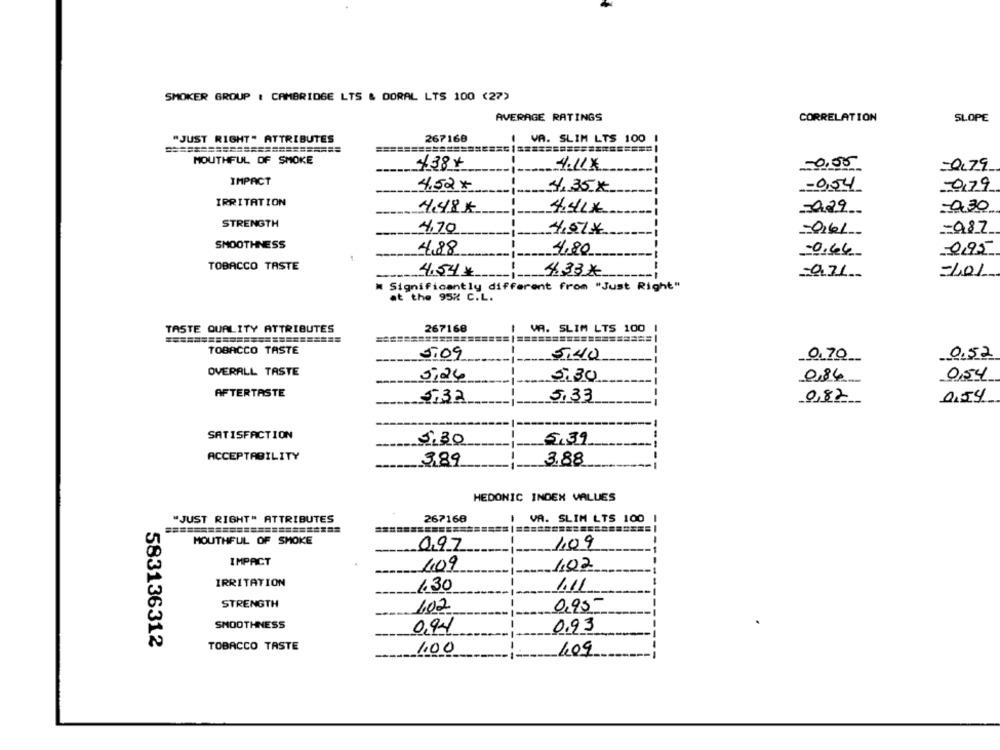
SMOKER GROUP : CAMBRIDGE LTS & DORAL LTS 100 (27)
AVERAGE RATINGS
CORRELATION
SLOPE
"JUST RIGHT" ATTRIBUTES
267168
I VA. SLIM LTS 100 1
========
MOUTHFUL OF SMOKE
438+
-0.05
Q179
4.11€
IMPACT
---
4.52 x
4.35x
=0,54
0,79
-1 ---
IRRITATION
4.48
4.40€
229
030
STRENGTH
4.70
1-
4,974
-0,61
-987
SMOOTHNESS
4,88
4,80
0.46
0,95
TOBACCO TASTE
4.54€
-------
4.33*
-
971
-101
Significantly different from "Just Right"
at the 95% C.L.
TASTE QUALITY ATTRIBUTES
267168
I VA. SLIM LTS 100
============== / =================== |
TOBACCO TASTE
5,09
5,40
0,70
0.52
OVERALL TASTE
5,24
5,30
0,86
0,54
AFTERTASTE
5,33
0,54
5,32
0,82
SATISFACTION
5.30
5,39
ACCEPTABILITY
3,89
3.88
HEDONIC INDEX VALUES
267168
VA. SLIM LTS 100
"JUST RIGHT" ATTRIBUTES
MOUTHFUL OF SMOKE
0.97
1.09
IMPACT
109
1,02
IRRITATION
1.30
1.11
STRENGTH
102
0,95
SMOOTHNESS
0,94
0.93
583136312
TOBACCO TASTE
1.00
409